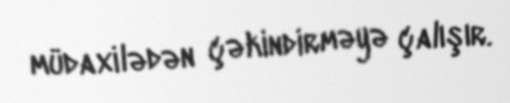
müdaxilədən çəkindirməyə çalışır.